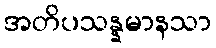
အတိပသန္နမာနသာ